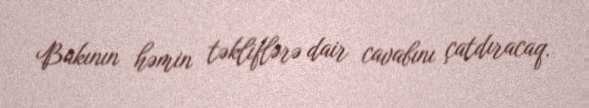
Bakının həmin təkliflərə dair cavabını çatdıracaq.